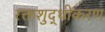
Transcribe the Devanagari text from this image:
रक्तशुद्धीकरण